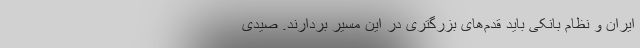
ایران و نظام بانکی باید قدم‌های بزرگتری در این مسیر بردارند. صیدی